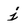
Character: j